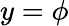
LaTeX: y=\phi